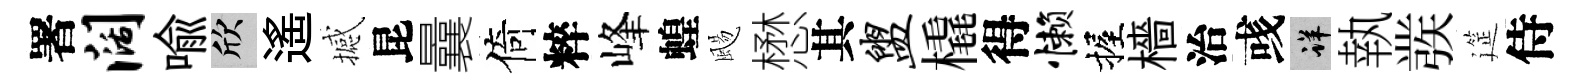
署阔喻欣遙撼昆曩倚粹峰蝗颺懋其盥橇得懒握檣治彧详執彂筵侍